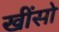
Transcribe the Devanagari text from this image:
खींसो